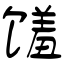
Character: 馐